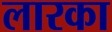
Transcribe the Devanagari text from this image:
लारका